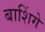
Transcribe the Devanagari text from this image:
बाशिंगे